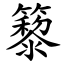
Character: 䉫